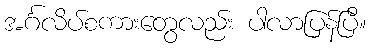
အင်္ဂလိပ်စကားတွေလည်း ပါလာပြန်ပြီ။